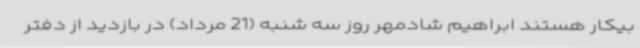
بیکار هستند ابراهیم شادمهر روز سه شنبه (21 مرداد) در بازدید از دفتر